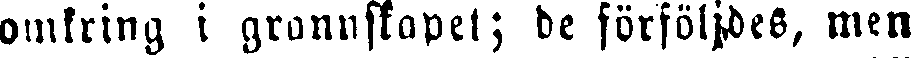
omkring i grannskapet; de förföljdes, men